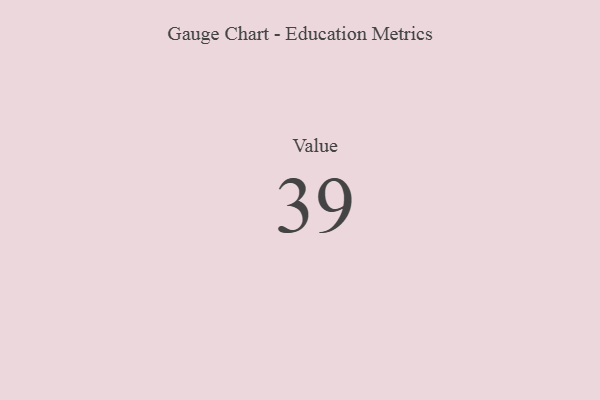
{"axis": {"x": "Metric", "y": "Value"}, "legend": [""], "data": [{"x": "Value", "y": 39, "type": ""}]}